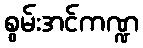
စွမ်းအင်ကဏ္ဍ